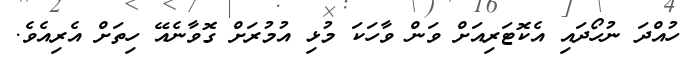
ހުއްދަ ނުހޯދައި އެކޮޓަރިއަށް ވަން ވާހަކަ މުޅި އުމުރަށް ގޮވާނެއޭ ހިތަށް އެރިއެވެ.